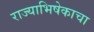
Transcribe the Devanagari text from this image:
राज्याभिषेकाचा